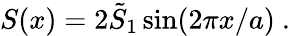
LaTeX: S(x)=2\tilde{S}_{1}\sin(2\pi x/a)\ .